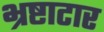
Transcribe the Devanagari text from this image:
भ्रष्टाटार